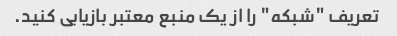
تعریف "شبکه" را از یک منبع معتبر بازیابی کنید.